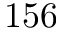
1 5 6